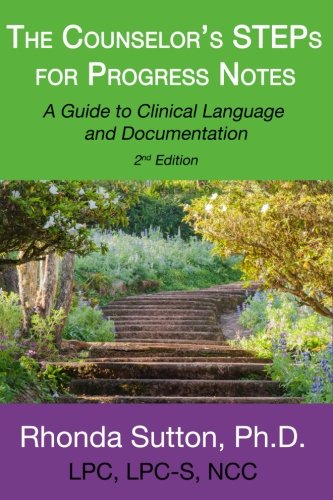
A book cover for The Counselor's STEPs for Progress Notes: A Guide to Clinical Language and Documentation; Dr. Rhonda Sutton; Medical Books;